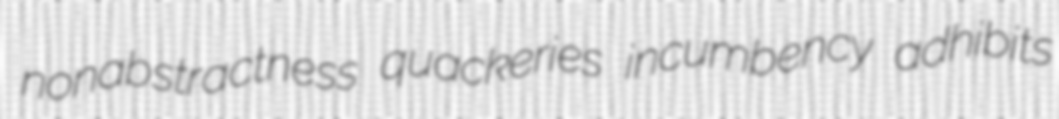
nonabstractness quackeries incumbency adhibits